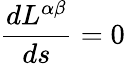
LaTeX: \frac{dL^{\alpha\beta}}{ds}=0